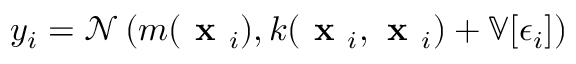
y _ { i } = \mathcal { N } \left( m ( \textbf { x } _ { i } ) , k ( \textbf { x } _ { i } , \textbf { x } _ { i } ) + \mathbb { V } [ \epsilon _ { i } ] \right)